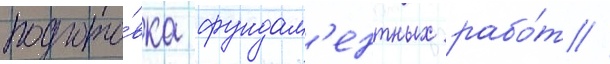
подгото́вка фундам'ентных рабо́т //